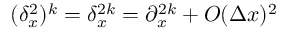
( \delta _ { x } ^ { 2 } ) ^ { k } = \delta _ { x } ^ { 2 k } = \partial _ { x } ^ { 2 k } + O ( \Delta x ) ^ { 2 }